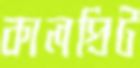
কালপ্রিট